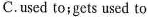
C.used to;gets used to